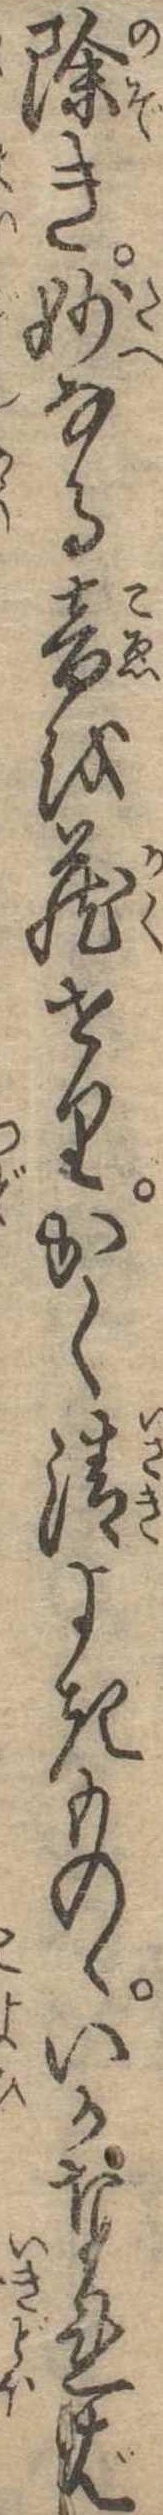
除き妙なる音を蔵せりかく清よきものゝいかなれば